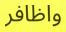
واظافر